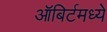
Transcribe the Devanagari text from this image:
ऑबिर्टमध्ये